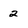
Character: 2